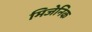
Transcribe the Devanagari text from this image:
मिजेनिक